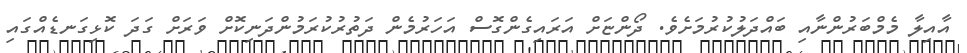
އާއިލާ މެމްބަރުންނާއި ބައްދަލުކުރުމަށެވެ. ދޯންޏަށް އަރައިގެންގޮސް އަހަރުމެން ދަތުރުކުރަމުންދަނިކޮށް ވަރަށް ގަދަ ކޮޅިގަނޑެއްގައި